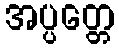
အပ္ပတ္တေ